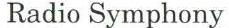
Radio Symphony